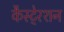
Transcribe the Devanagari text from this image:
कैस्टे्रशन